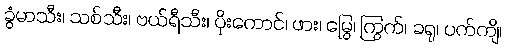
ခွံမာသီး၊ သစ်သီး၊ ဗယ်ရီသီး၊ ပိုးကောင်၊ ဖား၊ မြွေ၊ ကြွက်၊ ခရု၊ ပက်ကျိ၊